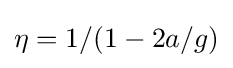
\eta =1/(1-2a/g)